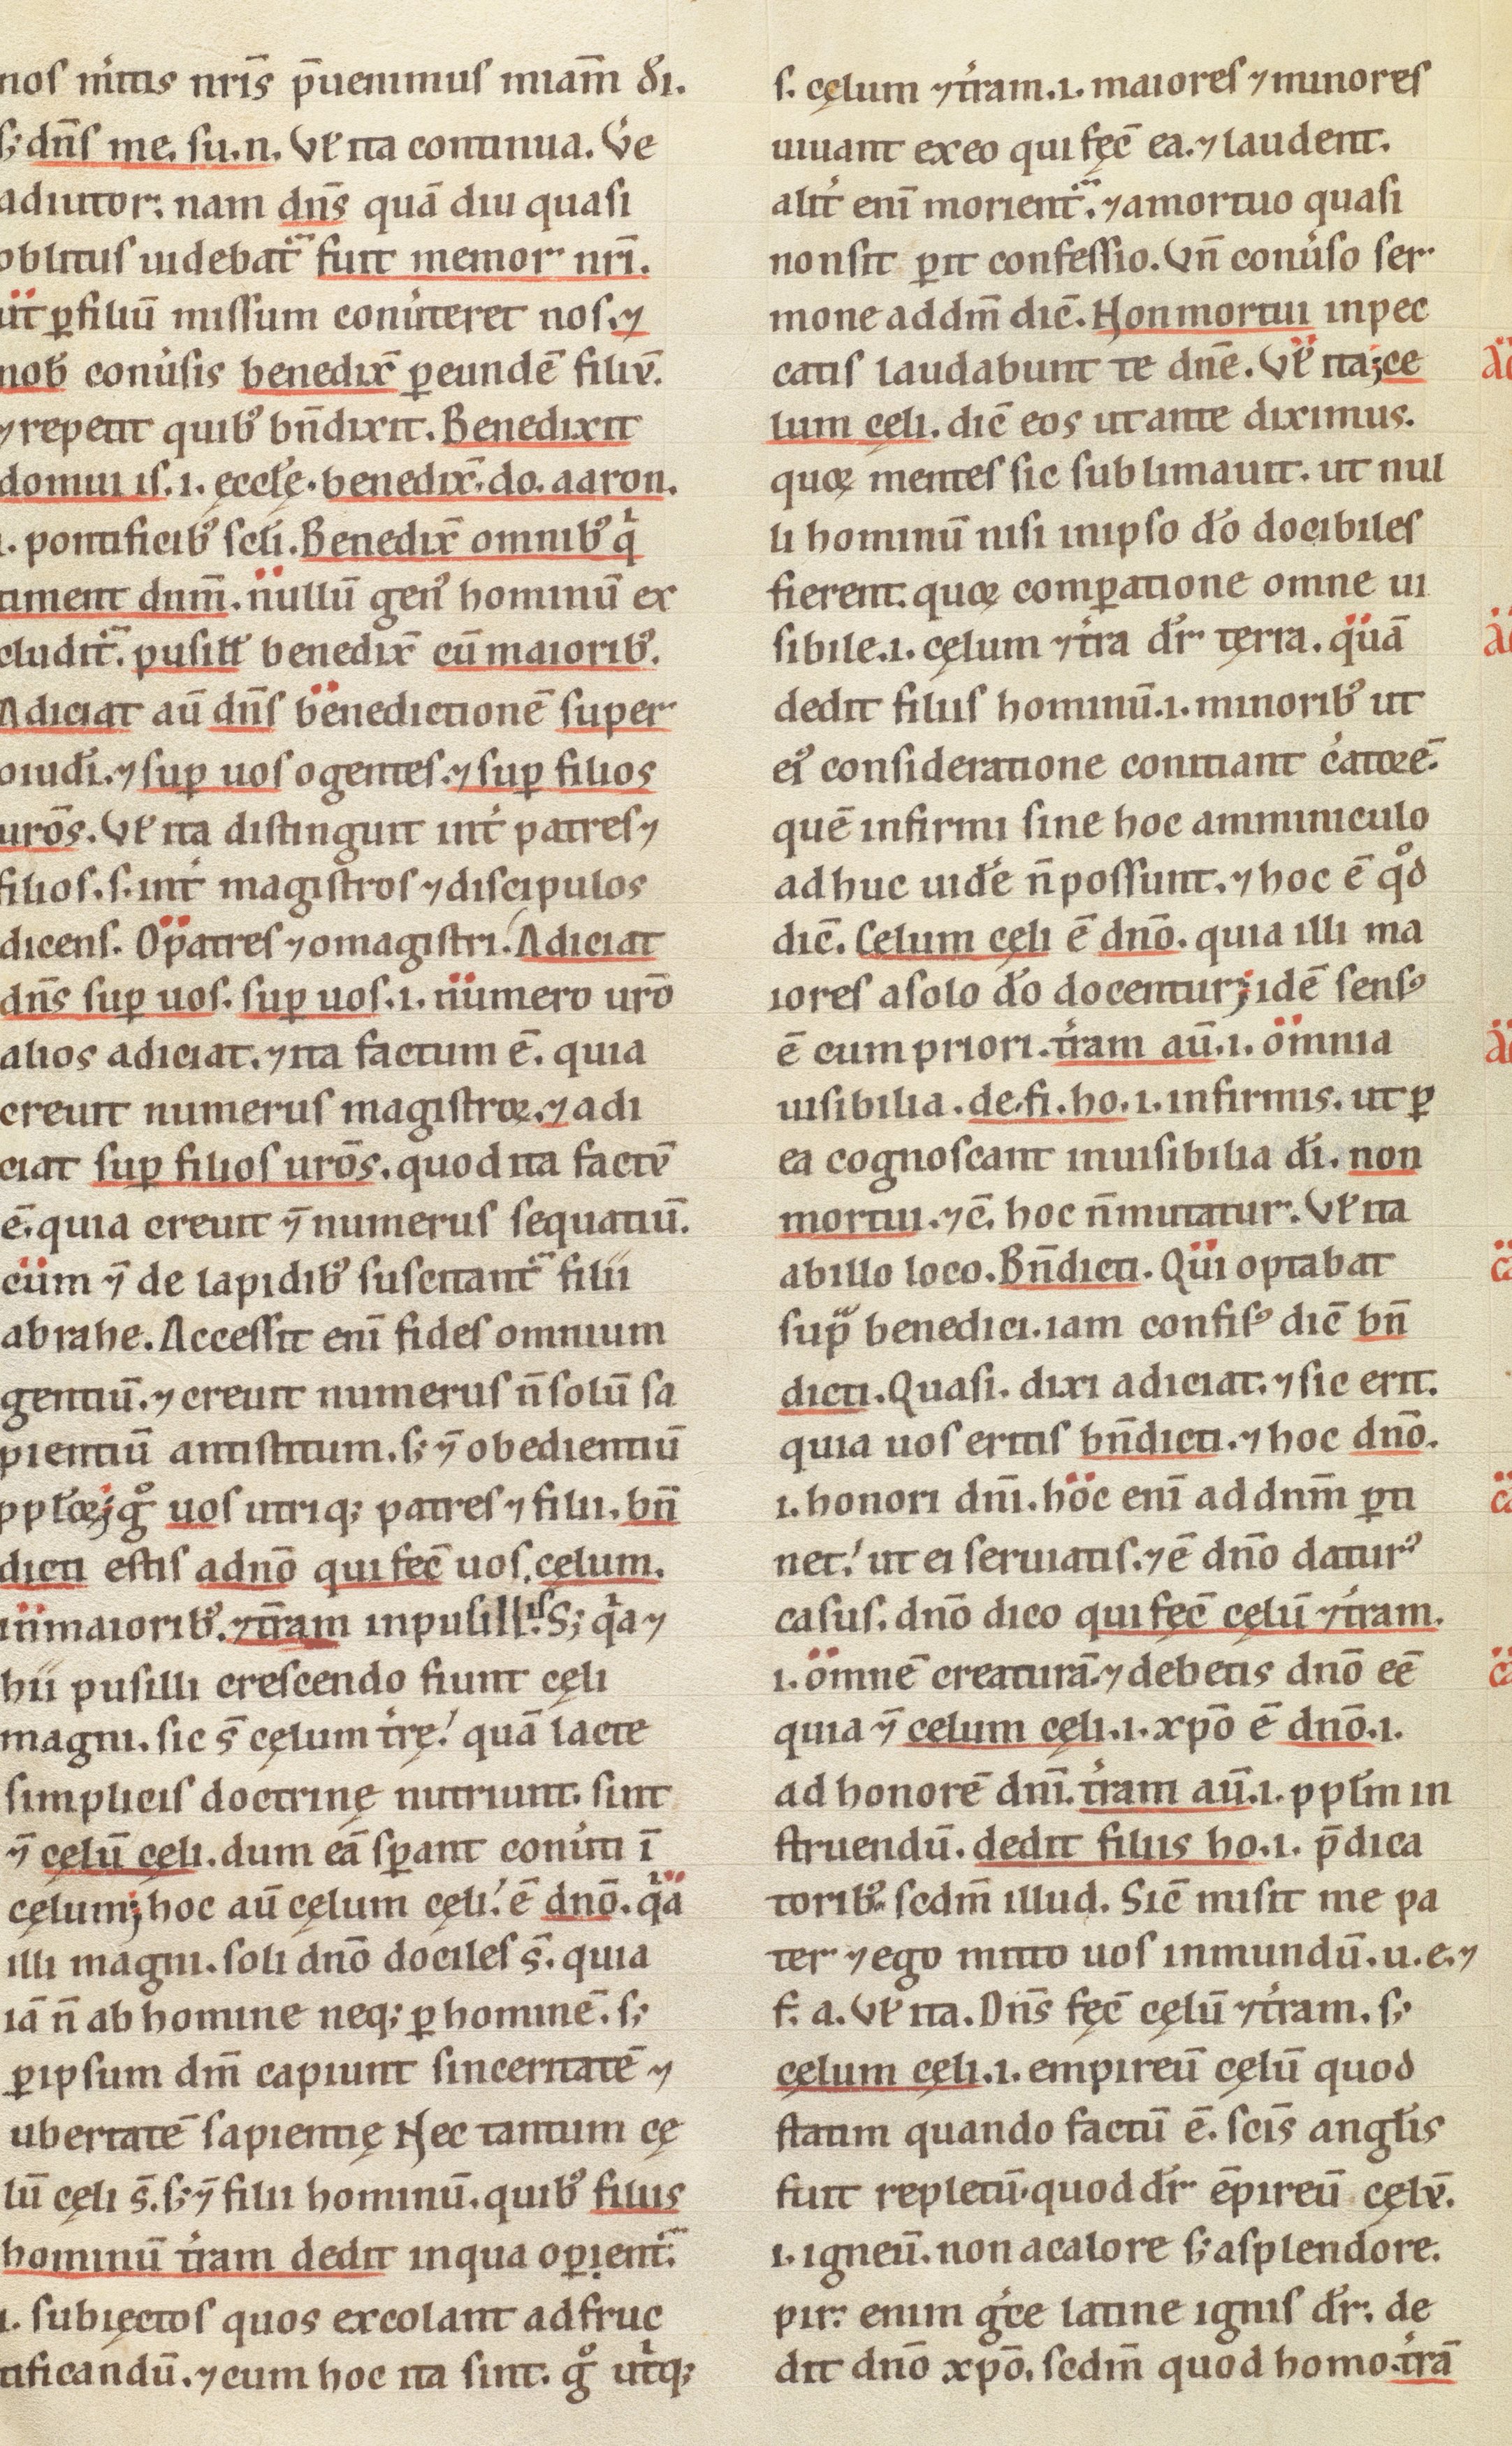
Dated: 1100–1199